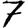
Digit: 7